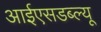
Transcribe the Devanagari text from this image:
आईएसडब्ल्यू